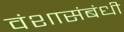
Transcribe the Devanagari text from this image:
वंशासंबंधी